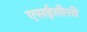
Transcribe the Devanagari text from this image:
एसईसीसी